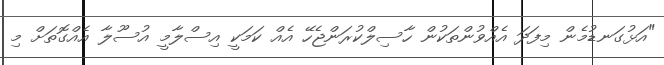
"އަޅުގަނޑުމެން މިފަދަ އެއްވުންތަކުން ހާސިލްކުރަންޖެހޭ އެއް ކަމަކީ އިސްލާމީ އުސޫލާ އެއްގޮތަށް މި